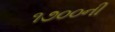
૧૭૦૦ની